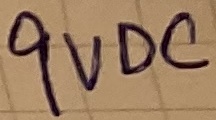
Text: 9VDC